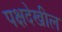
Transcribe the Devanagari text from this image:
पक्षदेखील